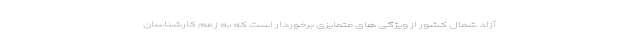
آزاد شمال کشور از ویژگی های متمایزی برخوردار است که به زعم کارشناسان